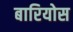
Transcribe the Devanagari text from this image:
बारियोस